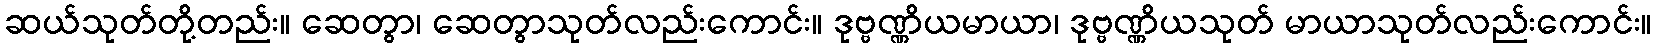
ဆယ်သုတ်တို့တည်း။ ဆေတွာ၊ ဆေတွာသုတ်လည်းကောင်း။ ဒုဗ္ဗဏ္ဏိယမာယာ၊ ဒုဗ္ဗဏ္ဏိယသုတ် မာယာသုတ်လည်းကောင်း။